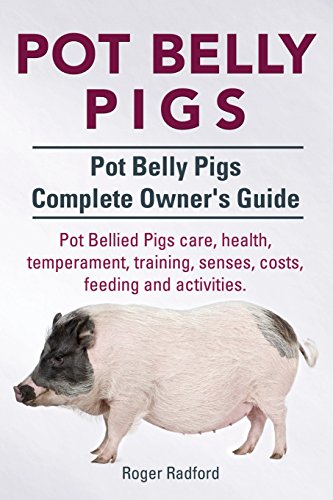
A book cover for Pot Belly Pigs. Pot Belly Pigs Complete Owners Guide. Pot Bellied Pigs care, health, temperament, training, senses, costs, feeding and activities.; Roger Radford; Crafts, Hobbies & Home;